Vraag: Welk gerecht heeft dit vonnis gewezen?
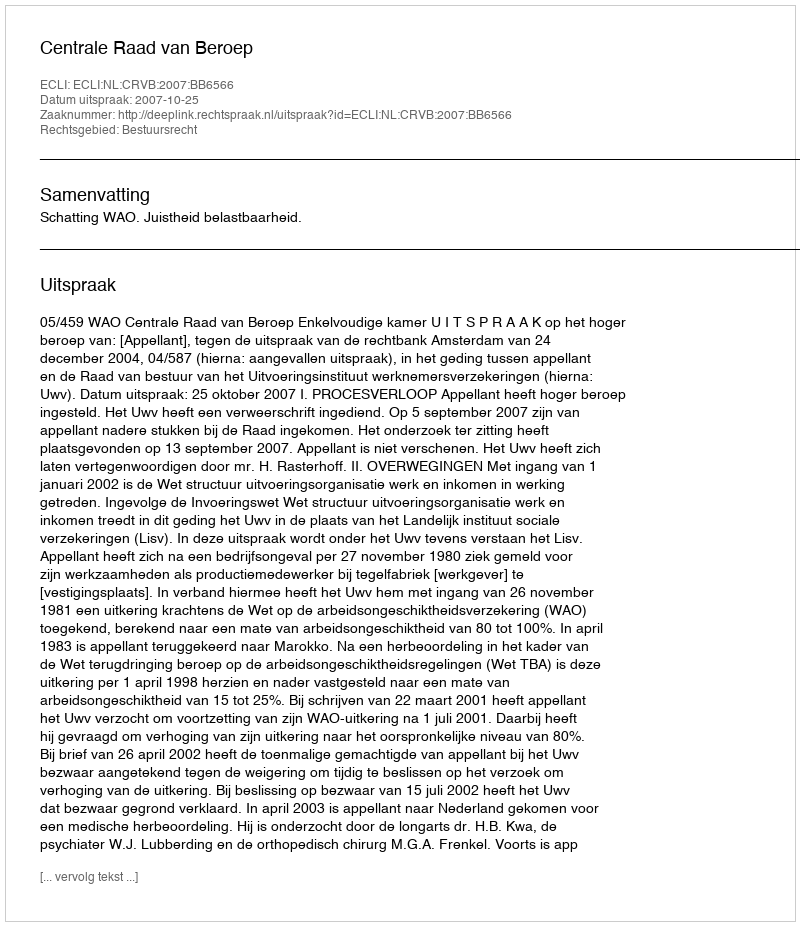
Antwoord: Centrale Raad van Beroep